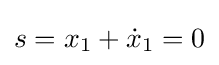
s=x_{1}+{\dot {x}}_{1}=0